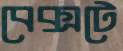
বেক্সটে